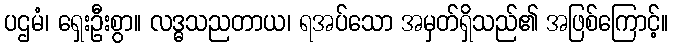
ပဌမံ၊ ရှေးဦးစွာ။ လဒ္ဓသညတာယ၊ ရအပ်သော အမှတ်ရှိသည်၏ အဖြစ်ကြောင့်။